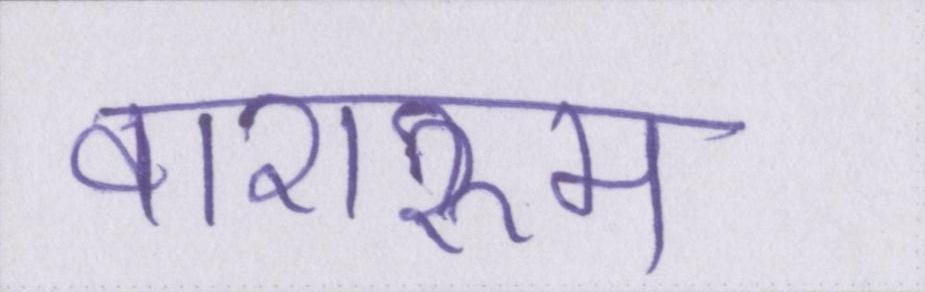
वाशरूम